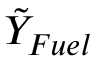
\tilde { Y } _ { F u e l }